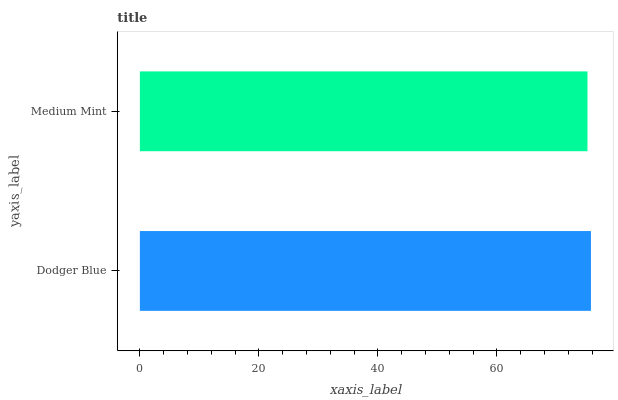
| yaxis_label | bars |
 | --- | --- |
 | Dodger Blue | 75.8 |
 | Medium Mint | 75.2 |